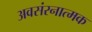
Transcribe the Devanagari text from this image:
अवसंरनात्मक